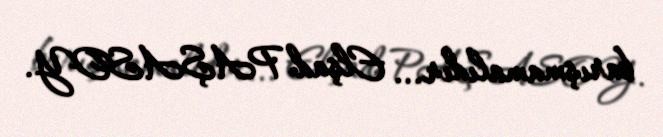
barışmamalıdır... Elşad PAŞASOY.